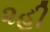
૨હી